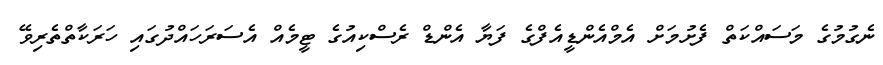
ނެގުމުގެ މަސައްކަތް ފެށުމަށް އެމްއެންޑީއެފްގެ ފަޔާ އެންޑް ރެސްކިއުގެ ޓީމެއް އެސަރަހައްދުގައި ހަރަކާތްތެރިވޭ